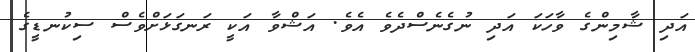
އަދި ޝާމިންގެ ވާހަކަ އަދި ނުގެނެސްދެވެ އެވެ. އަޝްވާ އަކީ ރަނގަޅަށްވެސް ސިކުނޑީގެ